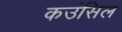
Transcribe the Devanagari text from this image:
कउंसिल